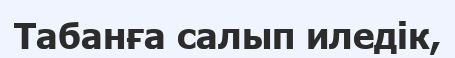
Табанға салып иледік,